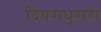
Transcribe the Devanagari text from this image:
दिवसधूसरो